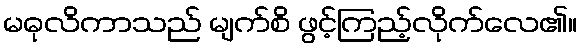
မဓုလိကာသည် မျက်စိ ဖွင့်ကြည့်လိုက်လေ၏။